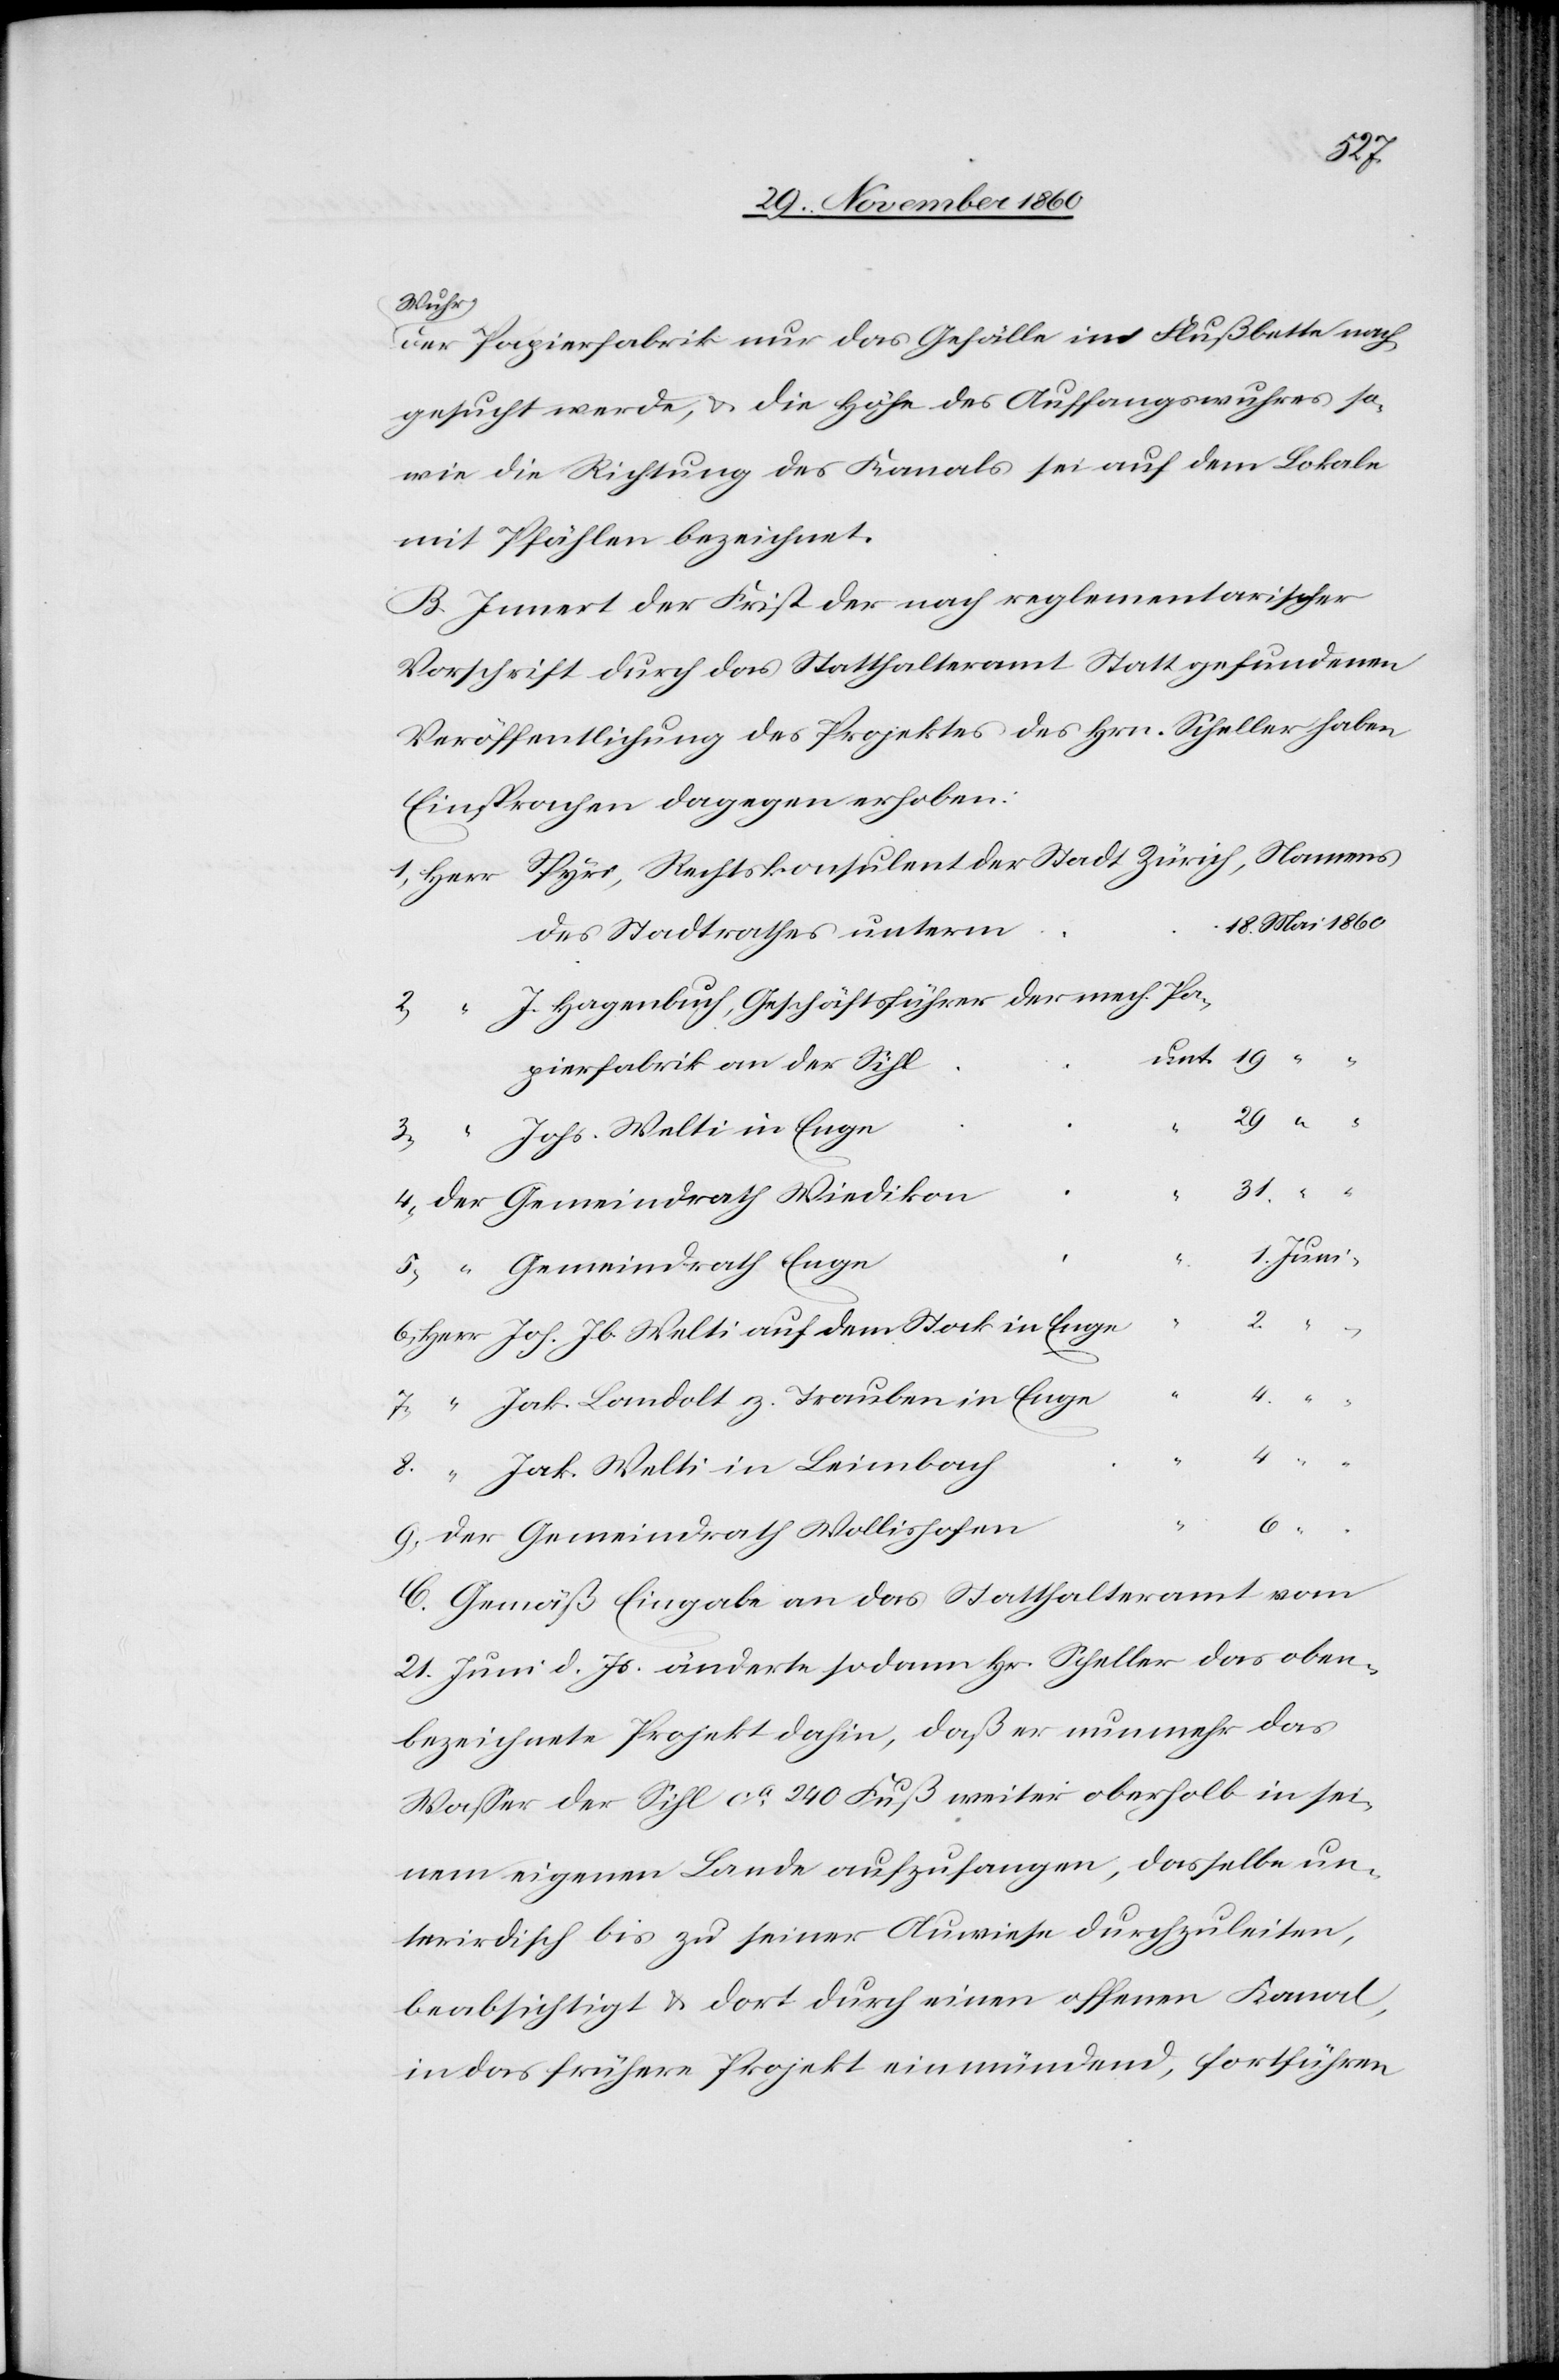
drath
Wuhr
der Papierfabrik nur das Gefälle im Flußbette nach¬
gesucht werde, u. die Höhe des Auffangswuhres so¬
wie die Richtung des Kanals sei auf dem Lokale
mit Pfählen bezeichnet.
B. Innert der Frist der nach reglementarischer
Vorschrift durch das Statthalteramt Statt gefundenen
Veröffentlichung des Projektes des Hrn. Scheller haben
Einsprachen dagegen erhoben:
des Stadtrathes unterm
J. Hagenbuch, Geschäftsführer der mech. Pa¬
pierfabrik an der Sihl
“
3.
Johs. Welti in Enge
hofen.
31.
5.
Gemeindrath Enge
2.
Joh. Jb. Welti auf dem Stock in Enge
4.
“
Jak. Landolt z. Trauben in Enge
8.
Jak. Welti in Leimbach
6.
C. Gemäß Eingabe an das Statthalteramt vom
21. Juni d. Js. änderte sodann Hr. Scheller das oben¬
bezeichnete Projekt dahin, daß er nunmehr das
Wasser der Sihl ca 240 Fuß weiter oberhalb in ei¬
nem eigenen Lande aufzufangen, dasselbe un¬
terirdisch bis zu seiner Auwiese durchzuleiten,
beabsichtigt u. dort durch einen offenen Kanal,
in das frühere Projekt einmündende, fortführen